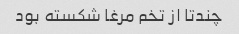
چندتا از تخم مرغا شکسته بود